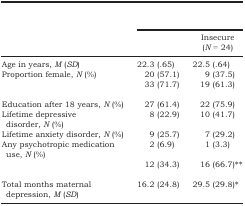
<table><thead><tr><td>[EMPTY_CELL]</td><td colspan="2">[EMPTY_CELL]</td></tr><tr><td>[EMPTY_CELL]</td><td>[EMPTY_CELL]</td><td><b>Insecure (<i>N</i> = 24)</b></td></tr></thead><tbody><tr><td>Age in years, <i>M</i> (<i>SD</i>)</td><td>22.3 (.65)</td><td>22.5 (.64)</td></tr><tr><td>Proportion female, <i>N</i> (%)</td><td>20 (57.1)</td><td>9 (37.5)</td></tr><tr><td>[EMPTY_CELL]</td><td>33 (71.7)</td><td>19 (61.3)</td></tr><tr><td>Education after 18 years, <i>N</i> (%)</td><td>27 (61.4)</td><td>22 (75.9)</td></tr><tr><td>Lifetime depressive disorder, <i>N</i> (%)</td><td>8 (22.9)</td><td>10 (41.7)</td></tr><tr><td>Lifetime anxiety disorder, <i>N</i> (%)</td><td>9 (25.7)</td><td>7 (29.2)</td></tr><tr><td>Any psychotropic medication use, <i>N</i> (%)</td><td>2 (6.9)</td><td>1 (3.3)</td></tr><tr><td>[EMPTY_CELL]</td><td>12 (34.3)</td><td>16 (66.7)**</td></tr><tr><td>Total months maternal depression, <i>M</i> (<i>SD</i>)</td><td>16.2 (24.8)</td><td>29.5 (29.8)*</td></tr></tbody></table>